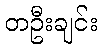
တဦးချင်း